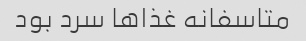
متاسفانه غذاها سرد بود